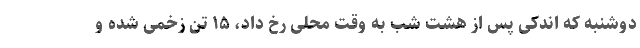
دوشنبه که اندکی پس از هشت شب به وقت محلی رخ داد، ۱۵ تن زخمی شده و